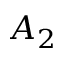
A _ { 2 }